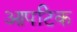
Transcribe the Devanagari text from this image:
आपटिक